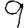
Digit: 9